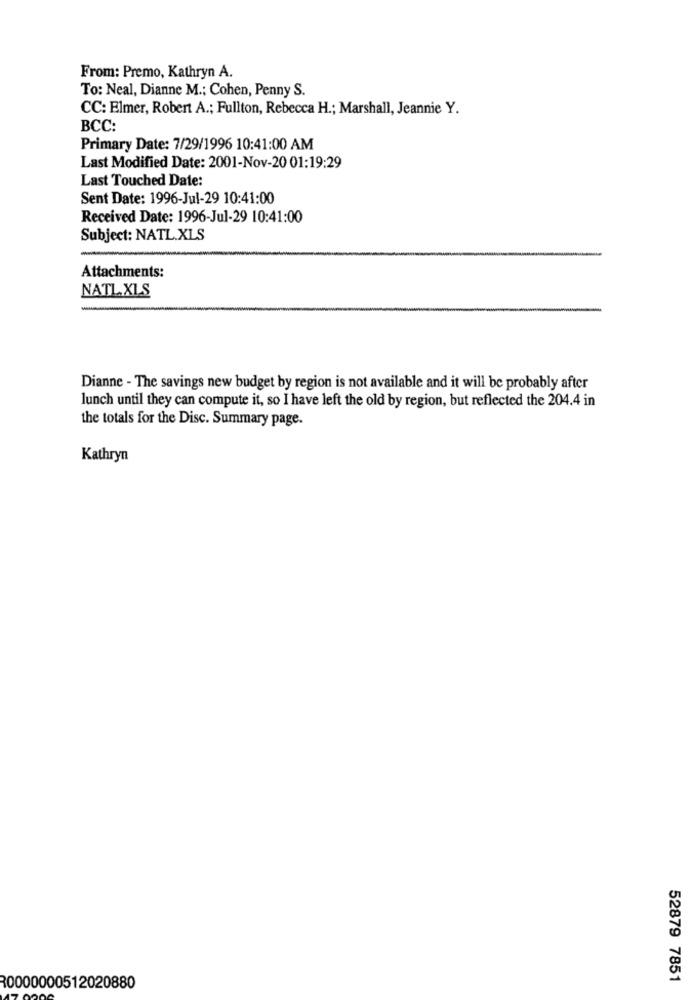
From: Premo, Kathryn A.
To: Neal, Dianne M .; Cohen, Penny S.
CC: Elmer, Robert A .; Fullton, Rebecca H .; Marshall, Jeannie Y.
BCC:
Primary Date: 7/29/1996 10:41:00 AM
Last Modified Date: 2001-Nov-20 01:19:29
Last Touched Date:
Sent Date: 1996-Jul-29 10:41:00
Received Date: 1996-Jul-29 10:41:00
Subject: NATL.XLS
Attachments:
NATL.XLS
-
Dianne - The savings new budget by region is not available and it will be probably after
lunch until they can compute it, so I have left the old by region, but reflected the 204.4 in
the totals for the Disc. Summary page.
Kathryn
52879 7851
30000000512020880